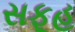
સફૂહ